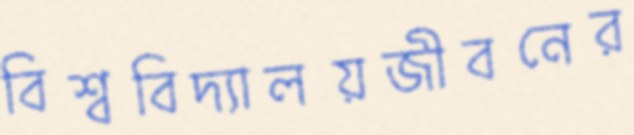
বিশ্ববিদ্যালয়জীবনের